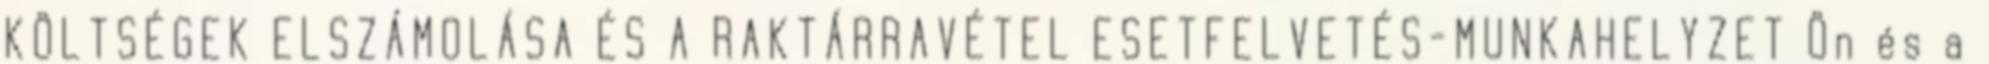
KÖLTSÉGEK ELSZÁMOLÁSA ÉS A RAKTÁRRAVÉTEL ESETFELVETÉS-MUNKAHELYZET Ön és a